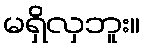
မရှိလှဘူး။